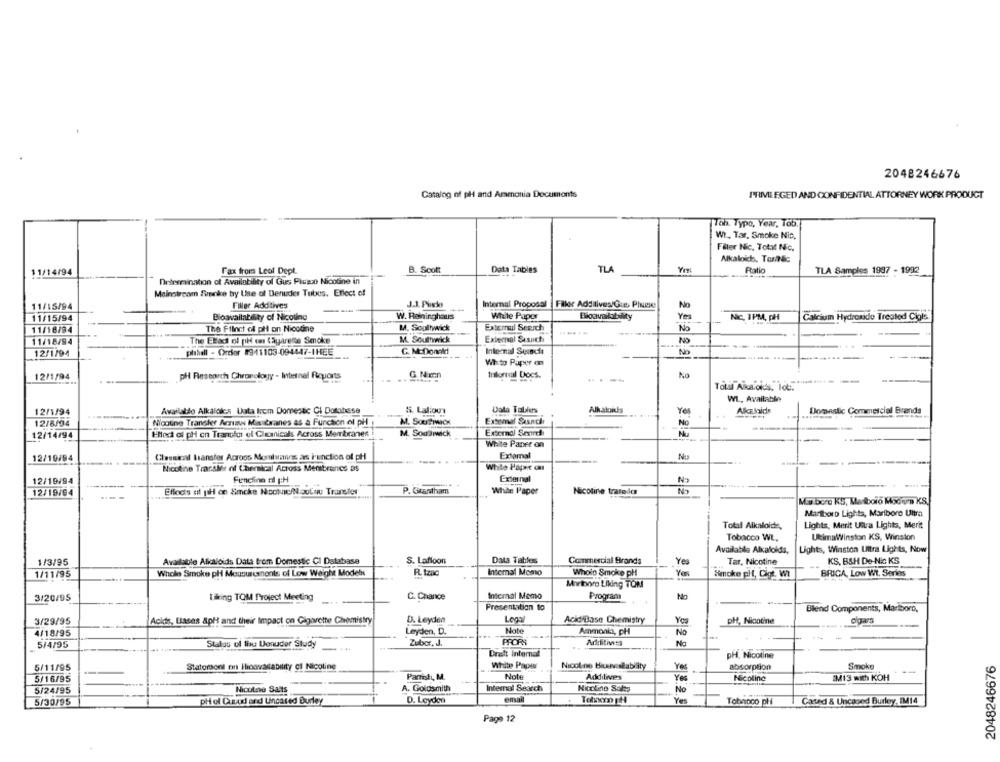
2048246676
Catalog of pl and Armonia Documents
PRIME EGED AND CONFIDENTIAL ATTORNEY WORK PRODUCT
Tob. Typo, Year, Tab.
Wt, Tar, Smoke Nic,
Fater Nic, Totxt Nic.
Alkaloich, Tonnde
11/14/94
Fax from Leof Dept.
B. Scott
Data Tables
TLA
Rtatio
TLA Samples 1987 - 1992
Drtermination of Availability of Gus Picsz Nicoline in
Mainstream Sincke by Use of Denuder Tubos. Effect of
11/15/94
Filler Additives
J.J. Picko
Internal Proposal
Filler Additives/Gie, Pl
No
11/15/94
Bioavailability of Nicotine
W. Reininghaus
White Paper
Yes
Nic, 1PM, pH
Calcium Hydroxide Treated Cigis
M. Southwick
External Search
No
11/18/94
The Filnet of pl on Nicotine
.....
11/18/94
The Elradi ol ph on Cigarette Smoke
M. Southwick
External Suuich
NO
pılahell - Orcier #941103-094447-IHEE
C. M.Doncket
Internal Sundli
No
12/1/94
--
Wh to Paper on
12/1/94
pH Research Chronology - Internal Ricuorts
Inillontul Docs.
----
Ko
Total Akarokis, lot :.
WL, Available
12/1/94
Available Alkalolcs Data from Domestic Ci Dotabese
S. Laliout
Data Tables
Alkaloihs
Yes
AlcElolds
Domestic Commercial Brands
Extemal Sasach
12/8/94
Nicotine Transker Aczuna Miabranes as a Function of pH
M. SORTIWICH
No
12/14/94
Hled of pH cn Transit of Clinicals Across Membranes
M. SouBiack
External Seared
White Paper on
12/10/94
Classical Hansfer Across Momhumanos as Function of pH
External
Nu
----
Nicotine Trarsier of Chernical Across Mentbrancs as
White Paper ou
12/19/94
Fencline ff p:H
External
N
12/19/94
Ellocis af pH cn Smoke Noctic/N.oulou Transfer
P. Grantham
White Paper
Nicotine traredo
Ma boro KS, Maboio Mocun KS,
Martboro Lights, Marlboro Ultra
Total Alkaloids,
Lights, Merit Utra Lights, Merit
Tobacco WL,
UltimaWinston KS, Winston
Lights, Winston Uitra Lights, Now
Available Alkalolda,
1/3/95
Available Alkaloids Data from Domestic Cl Database
S. Laffoon
Data Tables
Commercial Brands
Yes
Tar, Nicotine
KS, B&H De-Nic KS
Whole Smoke pH Measurements of Low Weight Models
R. tzac
Internal Momo
Wholo Smoke pH
Yes
1/11/95
Smoke pHt, Cigt. W!
BRICA, Low Wt. Series
Mitvyro Liking TOM
Internal Memo
3/20/95
Liking TOM Project Meeting
C. Chance
Program
Presentation to
Blend Components, Marlboro,
3/29/95
Ackte, Liases &pH and their Impact on Cigarette Chemistry
D. Leyden
Acid/Base Chemistry
Yes
pH, Nicotine
4/18/95
Leyden, D.
Note
Ammonia, pH
No
Additives
5/4/95
Stalas uf fins Lenuder Study
Zubor. J.
PRORS
No
Draft Internal
pH. Nicotine
Smoke
2048246676
5/11/95
Statorsont r Hioavacability cl Nicotine
White Paper
Nicoline bianscalability
absorption
5/16/95
Parristi, M.
Note
Yes
Nicoline
IM13 with KOH
A. Goldsmith
5/24/95
Nicolno Salts
Internal Search
Nicoline Sales
No
5/30/95
pH of Cuvod and Uncared Burley
D. Leyden
email
Yes
Tobanco pHi
Cated & Uncased Burley. IM14
Page 12